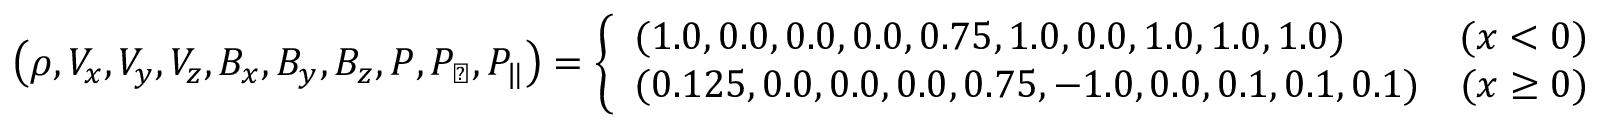
\left( \rho , V _ { x } , V _ { y } , V _ { z } , B _ { x } , B _ { y } , B _ { z } , P , P _ { \perp } , P _ { \| } \right) = \left\{ \begin{array} { l l } { ( 1 . 0 , 0 . 0 , 0 . 0 , 0 . 0 , 0 . 7 5 , 1 . 0 , 0 . 0 , 1 . 0 , 1 . 0 , 1 . 0 ) } & { ( x < 0 ) } \\ { ( 0 . 1 2 5 , 0 . 0 , 0 . 0 , 0 . 0 , 0 . 7 5 , - 1 . 0 , 0 . 0 , 0 . 1 , 0 . 1 , 0 . 1 ) } & { ( x \geq 0 ) } \end{array} \right.